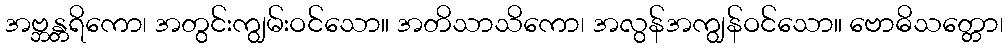
အဗ္ဘန္တရိကော၊ အတွင်းကျွမ်းဝင်သော။ အတိသာသိကော၊ အလွန်အကျွန်ဝင်သော။ ဗောဓိသတ္တော၊